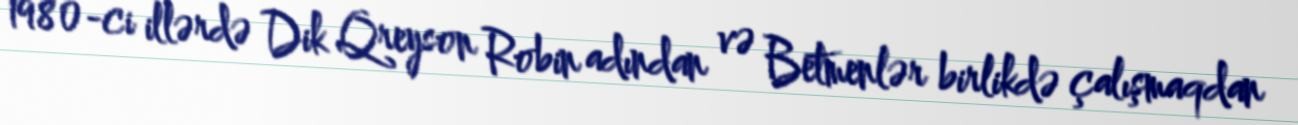
1980-ci illərdə Dik Qreyson Robin adından və Betmenlər birlikdə çalışmaqdan